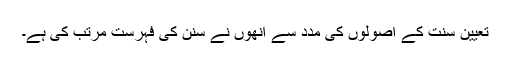
تعیین سنت کے اصولوں کی مدد سے انھوں نے سنن کی فہرست مرتب کی ہے۔